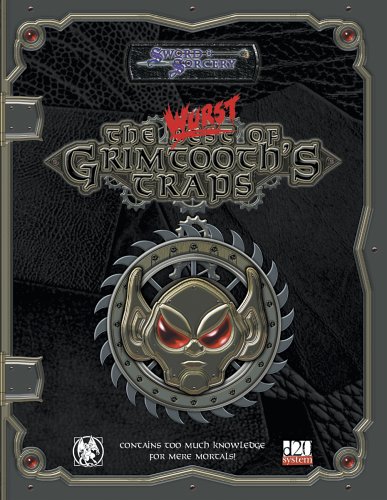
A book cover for The Wurst Of Grimtooth's Traps (Dungeons & Dragons d20 3.5 Fantasy Roleplaying); Rick Loomis; Science Fiction & Fantasy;